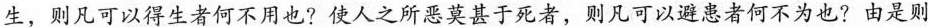
生，则凡\underset{·}{可}\underset{·}{以}得生者何不用也?使人之所恶莫甚于死者，则凡可以避患者何不为也?由是则